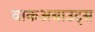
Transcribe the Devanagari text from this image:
वाकअबाउट्स